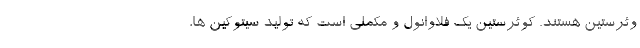
وئرستین هستند. کوئرستین یک فلاوانول و مکملی است که تولید سیتوکین ها،